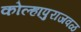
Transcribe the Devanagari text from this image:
कोल्हापुराजवळ